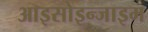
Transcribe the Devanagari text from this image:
आइसोइन्जाइम